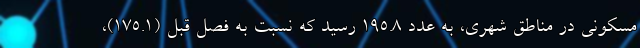
مسکونی در مناطق شهری، به عدد ١٩٥.٨ رسید که نسبت به فصل قبل (١٧٥.١)،